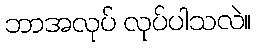
ဘာအလုပ် လုပ်ပါသလဲ။